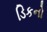
ડિકનો